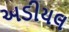
અડીયલ